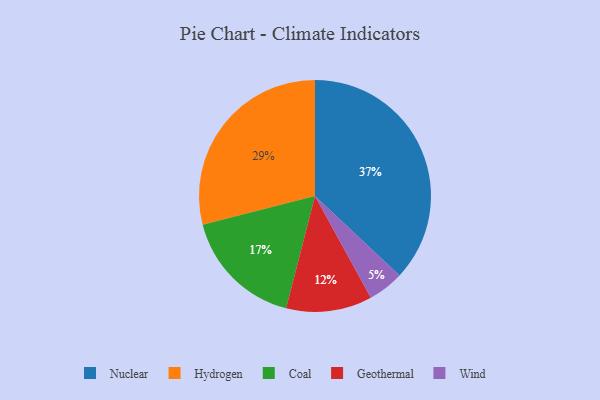
{"axis": {"x": "Category", "y": "Percentage"}, "legend": ["Coal", "Geothermal", "Hydrogen", "Nuclear", "Wind"], "data": [{"x": "Wind", "y": 5, "type": "Wind"}, {"x": "Hydrogen", "y": 29, "type": "Hydrogen"}, {"x": "Geothermal", "y": 12, "type": "Geothermal"}, {"x": "Nuclear", "y": 37, "type": "Nuclear"}, {"x": "Coal", "y": 17, "type": "Coal"}]}